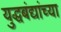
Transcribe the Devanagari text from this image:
युद्धबंद्यांच्या